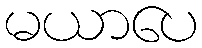
မယာပေ